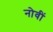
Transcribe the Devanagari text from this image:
नोवीं